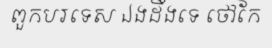
ពួកបរទេស ឯងដឹងទេ ថៅកែ